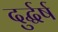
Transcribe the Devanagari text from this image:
दुर्द्धर्ष